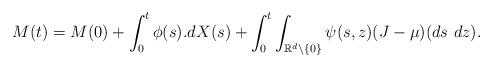
LaTeX: \begin{align*}M(t) = M(0) + \int_0^t \phi(s).dX(s) + \int_0^t\int_{\mathbb{R}^d\backslash\{0\}} \psi(s,z) (J-\mu)(ds\ dz).\end{align*}